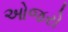
ઓજરો